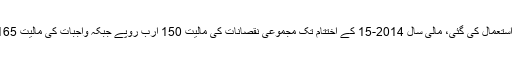
پیداواری گنجائش 19 فیصد تک استعمال کی گئی، مالی سال 2014-15 کے اختتام تک مجموعی نقصانات کی مالیت 150 ارب روپے جبکہ واجبات کی مالیت 165 ارب روپے تک پہنچ چکی ہے۔